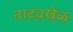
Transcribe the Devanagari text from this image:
नाट्यखेळ